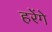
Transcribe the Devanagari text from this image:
हरेंगे